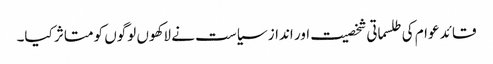
قائد عوام کی طلسماتی شخصیت اور انداز سیاست نے لاکھوں لوگوں کو متاثر کیا۔